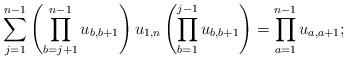
LaTeX: \begin{gather*} \sum_{j=1}^{n-1} \left( \prod_{b=j+1}^{n-1} u_{b,b+1} \right) u_{1,n}\left(\prod_{b=1}^{j-1} u_{b,b+1} \right)=\prod_{a=1}^{n-1} u_{a,a+1};\end{gather*}